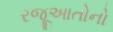
રજૂઆતોનો